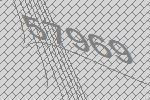
57969